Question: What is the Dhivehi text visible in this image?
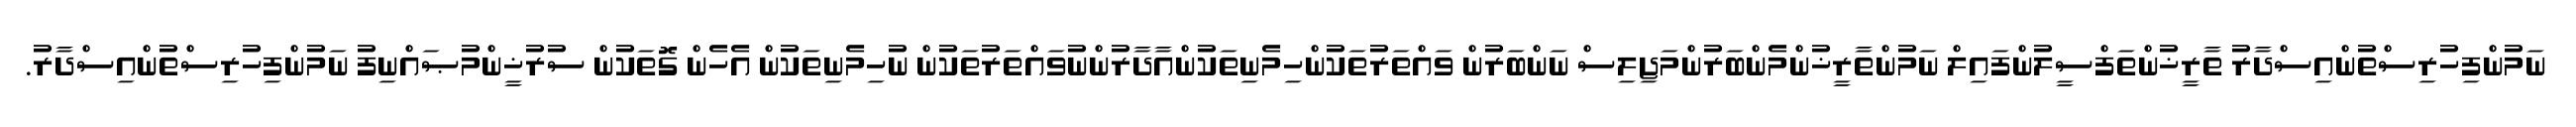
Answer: ނަމުންފިހުރިސްތުންއިސްދާރު ތާރީޚުންތަފްސީލުންފައިލް ނަމުންތާރީޚުންމެންބަރުންމަޖިލިސް ނަންބަރުން ވައްތަރުތަކުންހިމެނިތަކުންއާދާރުންނުވައްތަރުތަކުން ނުހިމެނިތަކުން އެހެން ގޮތަކުން ސުރުޚީންމުޞައްނިފު ނަމުންފިހުރިސްތުންއިސްދާރު.